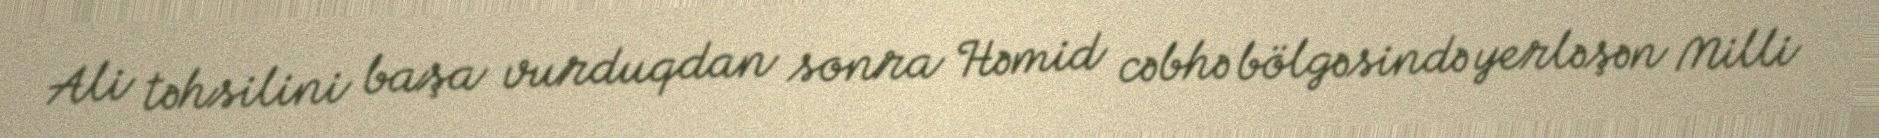
Ali təhsilini başa vurduqdan sonra Həmid cəbhə bölgəsində yerləşən Milli